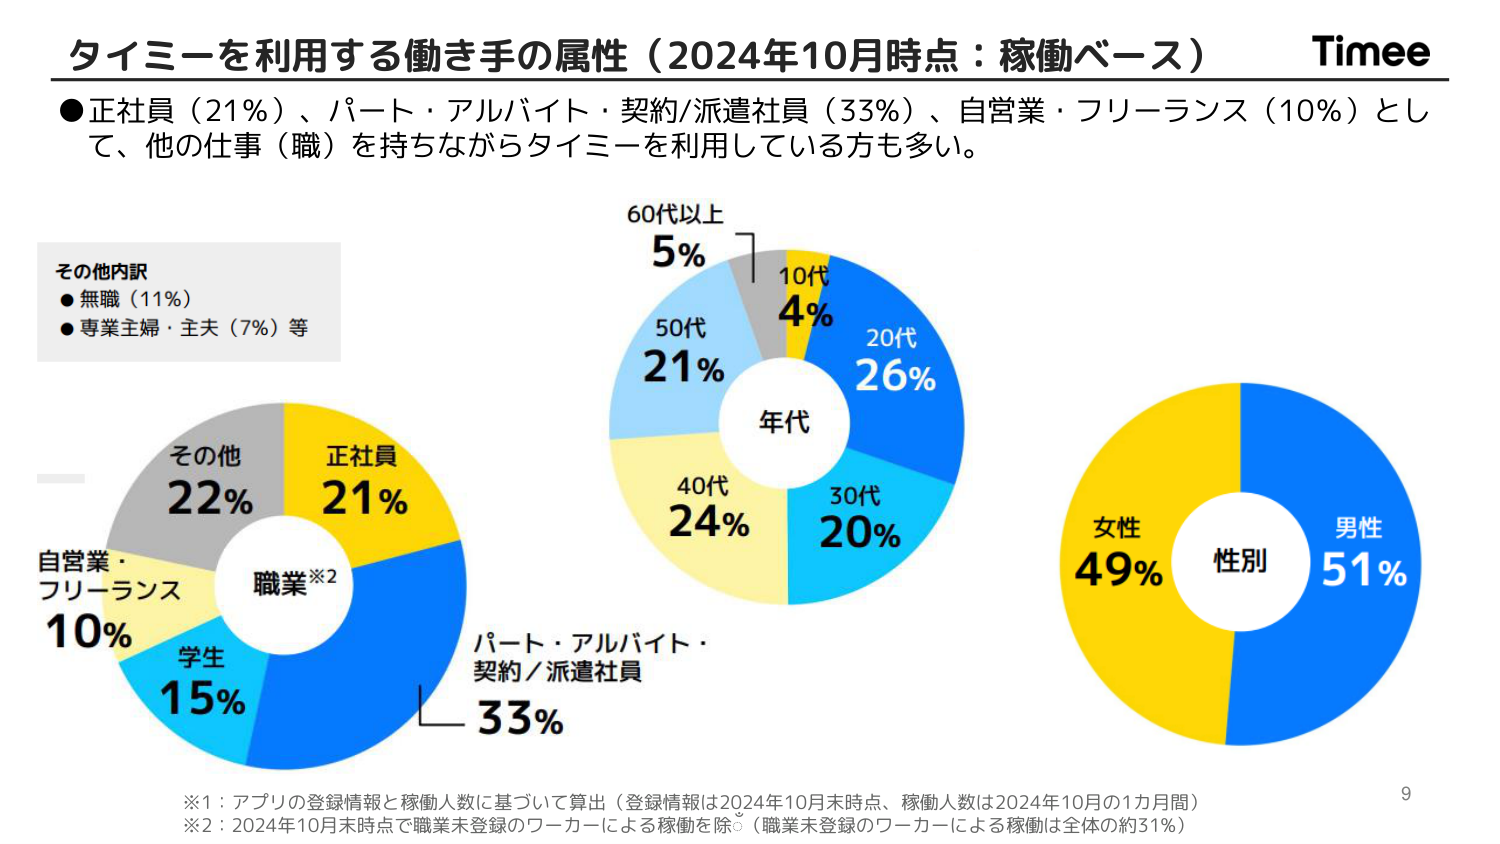
タイムミーを利用する働き手の属性（2024年10月時点：稼働ベース） Timee
●正社員（21％）、パート・アルバイト・契約/派遣社員（33％）、自営業・フリーランス（10％）として、他の仕事（職）を持ちながらタイムミーを利用している方も多く。

その他内訳
●無職（11％）
●専業主婦・主夫（7％）等

職業※2
正社員 21％
パート・アルバイト・契約／派遣社員 33％
自営業・フリーランス 10％
学生 15％
その他 22％

年代
10代 4％
20代 26％
30代 20％
40代 24％
50代 21％
60代以上 5％

性別
男性 51％
女性 49％

※1：アプリの登録情報と稼働人数に基づいて算出（登録情報は2024年10月末時点、稼働人数は2024年10月の1か月間）
※2：2024年10月末時点で職業未登録のワーカーによる稼働を除く（職業未登録のワーカーによる稼働は全体の約31％）

9